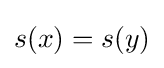
s(x)=s(y)